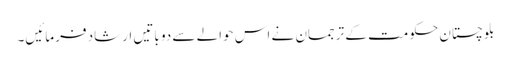
بلوچستان حکومت کے ترجمان نے اس حوالے سے دو باتیں ارشاد فرمائیں۔